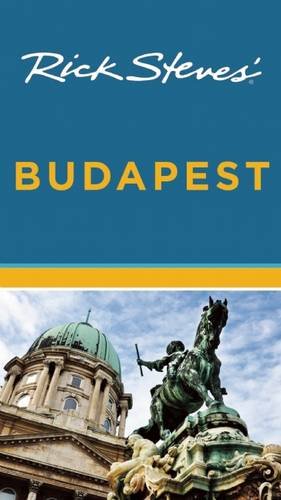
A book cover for Rick Steves' Budapest, 3rd Edition; Rick Steves; Travel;